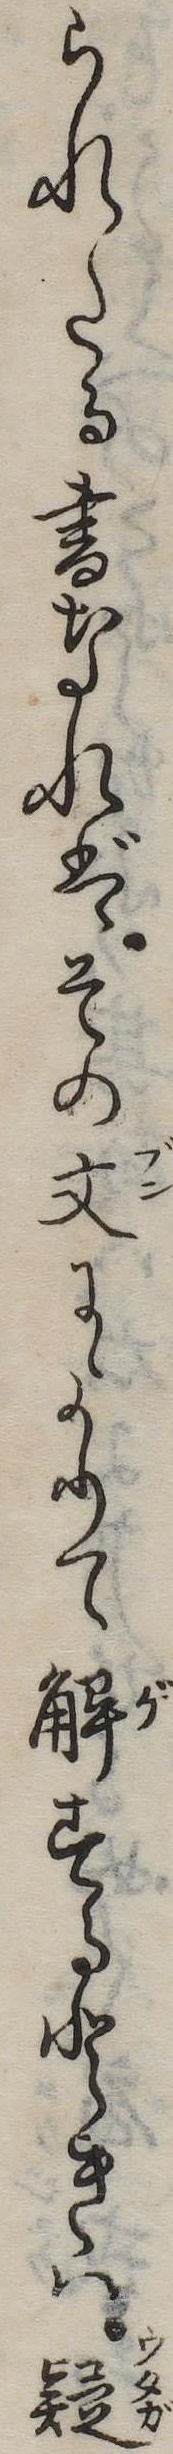
られたる書なればその文によりて解するときは疑